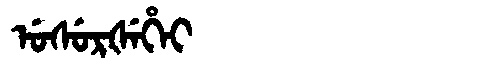
Manchu: ᡠᠰᡠᡵᡧᡝᡥᡝᡳ
Romanization: USURŠEHEI